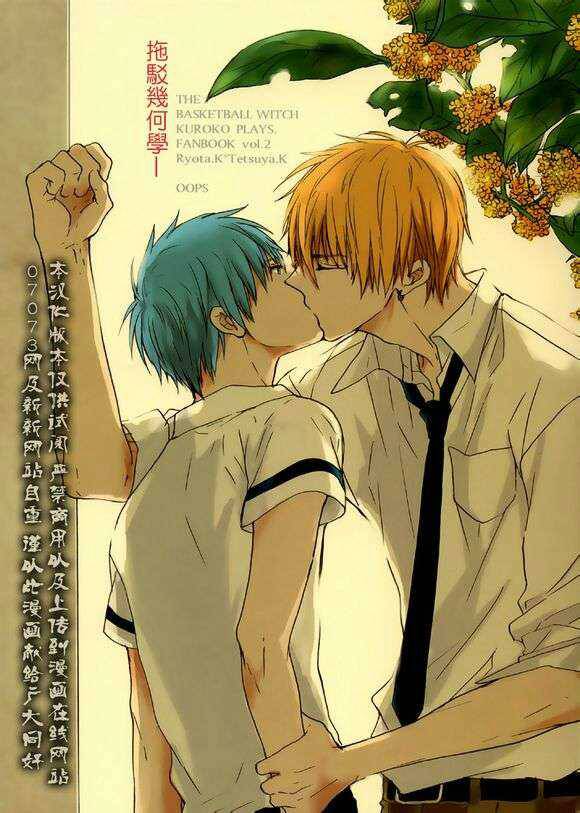
醉后莫思家，借取师师宿。